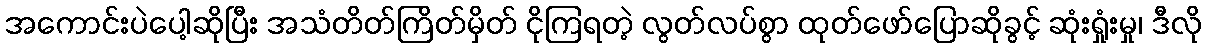
အကောင်းပဲပေါ့ဆိုပြီး အသံတိတ်ကြိတ်မှိတ် ငိုကြရတဲ့ လွတ်လပ်စွာ ထုတ်ဖော်ပြောဆိုခွင့် ဆုံးရှုံးမှု၊ ဒီလို